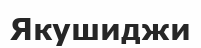
Якушиджи